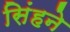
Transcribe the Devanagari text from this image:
सिंहने